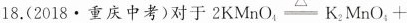
18.(2018·重庆中考)对于2KMnO_{4} \underline{\bigtriangleup } K_{2}MnO_{4}，+